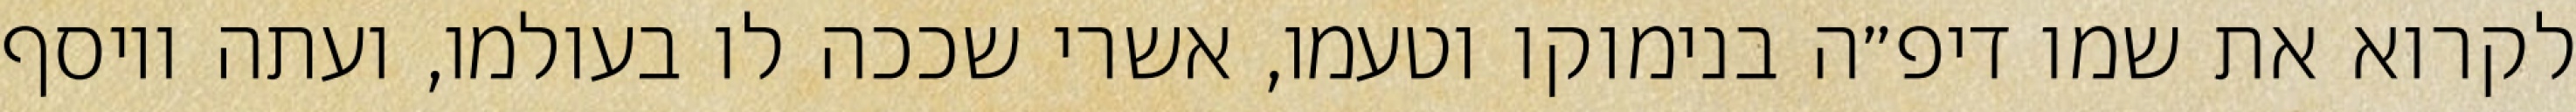
לקרוא את שמו דיפ״ה בנימוקו וטעמו, אשרי שככה לו בעולמו, ועתה ויוסף